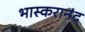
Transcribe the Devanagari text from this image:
भास्करानंद